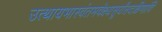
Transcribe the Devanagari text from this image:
उत्थायभास्वंतमवेक्ष्यसूर्यंसदक्षिणांवि